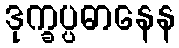
ဒုက္ခပ္ပဓာနေန